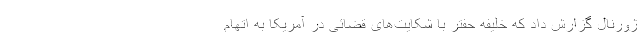
ژورنال گزارش داد که خلیفه حفتر با شکایت‌های قضائی در آمریکا به اتهام